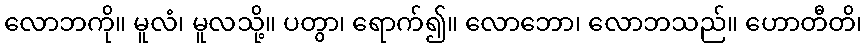
လောဘကို။ မူလံ၊ မူလသို့။ ပတွာ၊ ရောက်၍။ လောဘော၊ လောဘသည်။ ဟောတီတိ၊